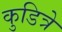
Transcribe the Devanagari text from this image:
कुडित्रे